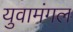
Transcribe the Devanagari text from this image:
युवामंगल